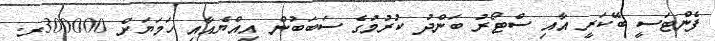
ފެންޓަސީ ބޭކަރީ އާއި ސްޓޯރު ބަންދު ކުރުމުގެ ސަބަބުން އިއްޔެއާއި ހަމަޔަށް 300000ރ.